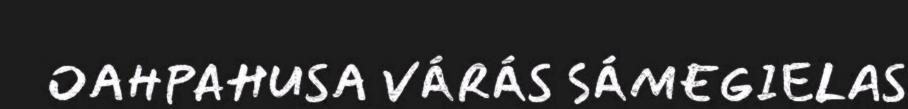
OAHPAHUSA VÁRÁS SÁMEGIELAS